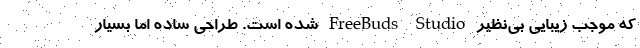
که موجب زیبایی بی‌نظیر FreeBuds Studio شده است. طراحی ساده اما بسیار